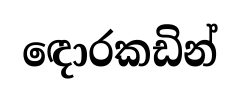
ඳොරකඩින්